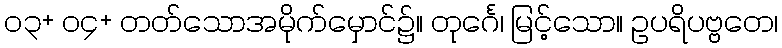
၀၃+ ၀၄+ တတ်သောအမိုက်မှောင်၌။ တုင်္ဂေ၊ မြင့်သော။ ဥပရိပဗ္ဗတေ၊